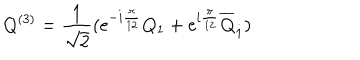
LaTeX: Q ^ { ( 3 ) } = \frac { 1 } { \sqrt { 2 } } ( \mathrm { e } ^ { - i { \frac { \pi } { 1 2 } } } Q _ { 1 } + \mathrm { e } ^ { i { \frac { \pi } { 1 2 } } } \overline { { { Q } } } _ { \dot { 1 } } )